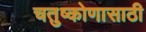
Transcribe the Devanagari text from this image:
चतुष्कोणासाठी